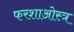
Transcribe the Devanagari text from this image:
फरशाओस्त्र